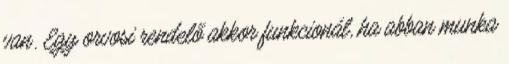
van. Egy orvosi rendelő akkor funkcionál, ha abban munka